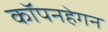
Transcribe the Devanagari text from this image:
कॉपनहेगन